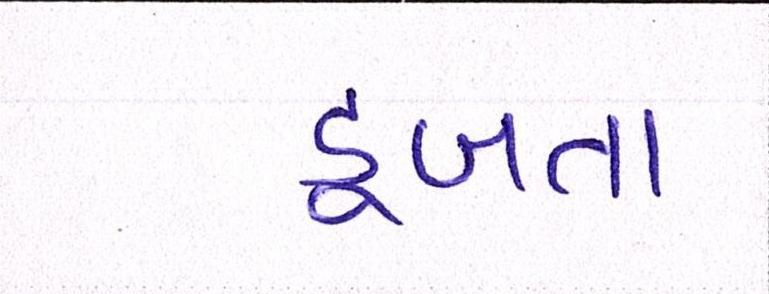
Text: ડૂબતા